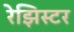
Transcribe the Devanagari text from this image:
रेझिस्टर